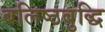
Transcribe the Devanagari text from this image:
बलिष्ठबुद्धि